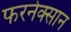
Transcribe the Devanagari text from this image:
फरनेक्सान